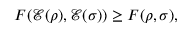
F ( { \mathcal { E } } ( \rho ) , { \mathcal { E } } ( \sigma ) ) \geq F ( \rho , \sigma ) ,